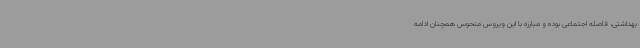
بهداشتی، فاصله اجتماعی بوده و مبارزه با این ویروس منحوس همچنان ادامه